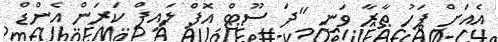
އެއަށް ފަހު ތާރާ ވަނީ "ދަ ސޫޓް އޮފް ލައިފް ކަރަން އެންޑް